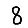
Digit: 8